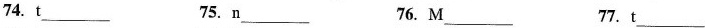
74. t ___ 75. n___ 76. M___ 77. t____